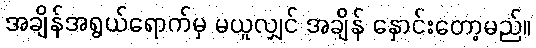
အချိန်အရွယ်ရောက်မှ မယူလျှင် အချိန် နှောင်းတော့မည်။